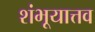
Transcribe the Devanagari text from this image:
शंभूयात्तव